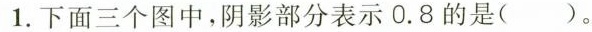
1. 下面三个图中，阴影部分表示 0.8 的是( )。